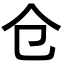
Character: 仓